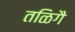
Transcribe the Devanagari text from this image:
तळिगै